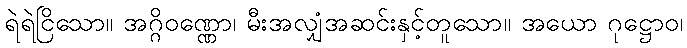
ရဲရဲငြိသော။ အဂ္ဂိဝဏ္ဏော၊ မီးအလျှံအဆင်းနှင့်တူသော။ အယော ဂုဋ္ဌောဝ၊